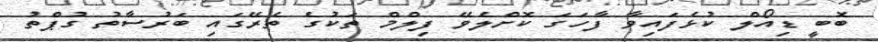
ބޮބީ ޑިއޯލް ކުޅެފައިވާ ފާހަގަ ކޮށްލެވޭ ފިލްމް ތަކުގެ ތެރޭގައި ބަރުސާތު ގުޕްތު